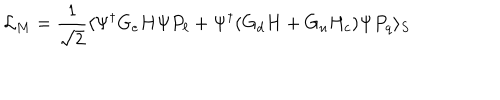
\mathcal { L } _ { M } = \frac { 1 } { \sqrt { 2 } } \langle \Psi ^ { \dagger } G _ { e } H \Psi P _ { \ell } + \Psi ^ { \dagger } ( G _ { d } H + G _ { u } H _ { c } ) \Psi P _ { q } \rangle _ { S }